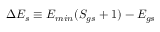
\Delta E _ { s } \equiv E _ { m i n } ( S _ { g s } + 1 ) - E _ { g s }